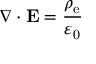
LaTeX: \nabla \cdot \mathbf { E } = { \frac { \rho _ { \mathrm { e } } } { \varepsilon _ { 0 } } }